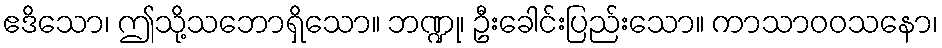
ဧဒိသော၊ ဤသို့သဘောရှိသော။ ဘဏ္ဍု၊ ဦးခေါင်းပြည်းသော။ ကာသာဝဝသနော၊